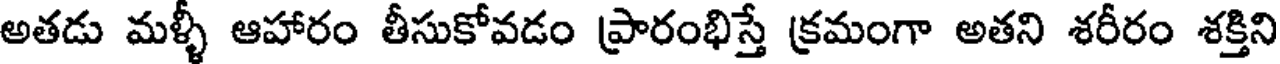
అతడు మళ్ళీ ఆహారం తీసుకోవడం ప్రారంభిస్తే క్రమంగా అతని శరీరం శక్తిని